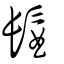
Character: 髷